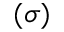
( \sigma )